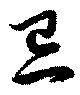
忌